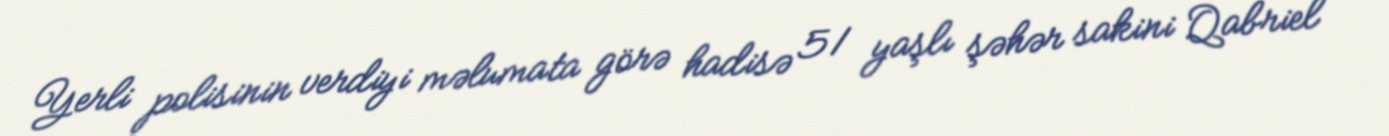
Yerli polisinin verdiyi məlumata görə hadisə 51 yaşlı şəhər sakini Qabriel